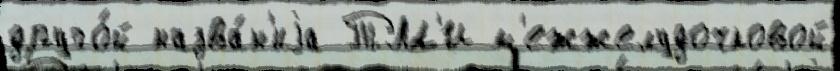
друго́й назва́н'иjа ТМ'И м'ежжелудочковой